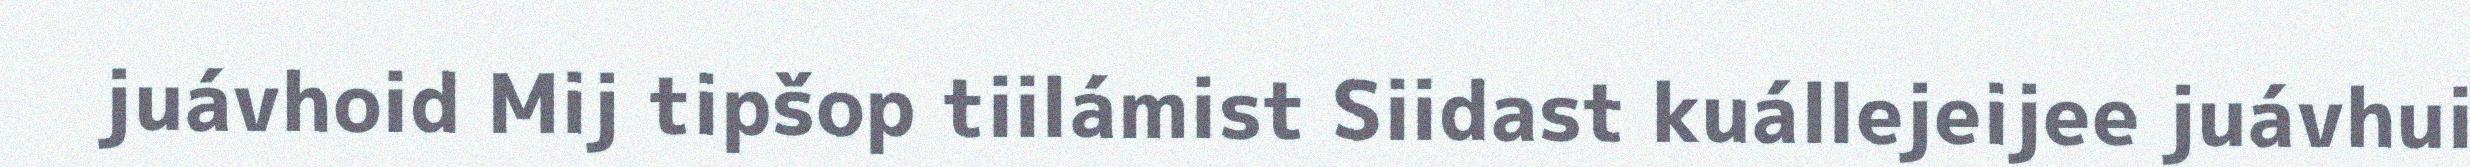
juávhoid Mij tipšop tiilámist Siidast kuállejeijee juávhui